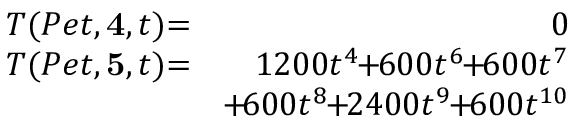
\begin{array} { r l r } { T ( P e t , { \bf 4 } , t ) } & { \! \! \! \! \! \! = \! \! \! \! \! \! } & { 0 } \\ { T ( P e t , { \bf 5 } , t ) } & { \! \! \! \! \! \! = \! \! \! \! \! \! } & { 1 2 0 0 t ^ { 4 } \! \! + \! \! 6 0 0 t ^ { 6 } \! \! + \! \! 6 0 0 t ^ { 7 } } \\ & { } & { \! \! + \! 6 0 0 t ^ { 8 } \! \! + \! \! 2 4 0 0 t ^ { 9 } \! \! + \! \! 6 0 0 t ^ { 1 0 } } \end{array}